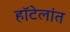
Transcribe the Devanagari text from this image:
हॉटेलांत